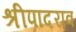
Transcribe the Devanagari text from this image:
श्रीपादराव